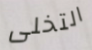
التخلى